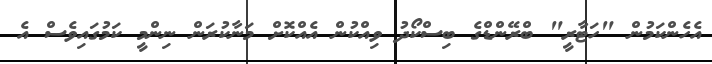
އެހެންކަމުން "ހަޓާރީ" ބްރޭންޑްގެ ބިސްކޯދު ވިއްކުން އެއްކޮށް މަނާކުރަން ނިންމީ ކަމުގައިވެސް އެ